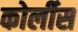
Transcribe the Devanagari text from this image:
कोर्लीस